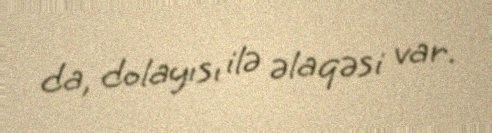
da, dolayısı ilə əlaqəsi var.